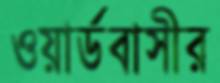
ওয়ার্ডবাসীর